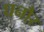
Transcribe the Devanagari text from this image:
घनौर